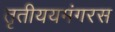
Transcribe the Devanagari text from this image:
तृतीययमंगरस